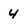
Character: 4